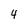
Character: 4